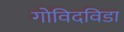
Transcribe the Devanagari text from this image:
गोविदविडा